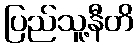
ပြည်သူ့နီတိ